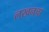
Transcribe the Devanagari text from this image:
लखनचा